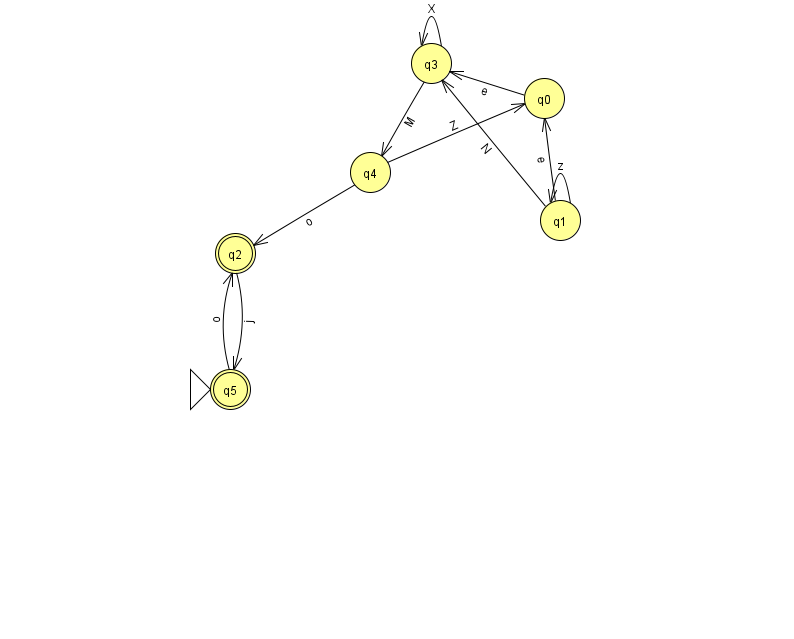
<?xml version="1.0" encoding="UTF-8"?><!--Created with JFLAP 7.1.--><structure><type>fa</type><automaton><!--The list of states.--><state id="0" name="q0"><x>544.0</x><y>85.0</y></state><state id="1" name="q1"><x>560.0</x><y>207.0</y></state><state id="2" name="q2"><x>235.0</x><y>240.0</y><final/></state><state id="3" name="q3"><x>431.0</x><y>50.0</y></state><state id="4" name="q4"><x>370.0</x><y>159.0</y></state><state id="5" name="q5"><x>230.0</x><y>376.0</y><initial/><final/></state><!--The list of transitions.--><transition><from>2</from><to>5</to><read>j</read></transition><transition><from>1</from><to>0</to><read>e</read></transition><transition><from>4</from><to>2</to><read>o</read></transition><transition><from>0</from><to>3</to><read>e</read></transition><transition><from>5</from><to>2</to><read>o</read></transition><transition><from>3</from><to>3</to><read>X</read></transition><transition><from>4</from><to>0</to><read>Z</read></transition><transition><from>1</from><to>3</to><read>N</read></transition><transition><from>1</from><to>1</to><read>z</read></transition><transition><from>3</from><to>4</to><read>M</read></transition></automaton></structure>